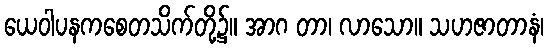
ယေဝါပနကစေတသိက်တို့၌။ အာဂ တာ၊ လာသော။ သဟဇာတာနံ၊